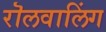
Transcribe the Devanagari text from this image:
रॊलवालिंग